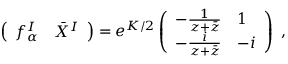
\left( \begin{array} { c c } { { f _ { \alpha } ^ { I } } } & { { \bar { X } ^ { I } } } \end{array} \right) = e ^ { K / 2 } \left( \begin{array} { l l } { { - \frac { 1 } { z + \bar { z } } } } & { { 1 } } \\ { { - \frac { i } { z + \bar { z } } } } & { { - i } } \end{array} \right) \ ,